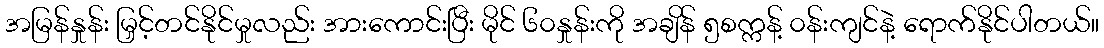
အမြန်နှုန်း မြှင့်တင်နိုင်မှုလည်း အားကောင်းပြီး မိုင် ၆၀နှုန်းကို အချိန် ၅စက္ကန့် ၀န်းကျင်နဲ့ ရောက်နိုင်ပါတယ်။